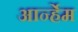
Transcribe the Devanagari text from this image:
आर्न्हेम